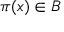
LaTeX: \pi ( x ) \in B